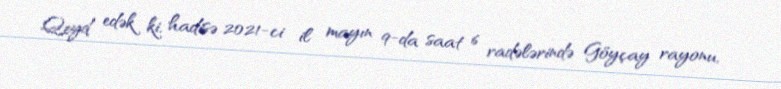
Qeyd edək ki, hadisə 2021-ci il mayın 9-da saat 6 radələrində Göyçay rayonu,